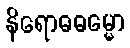
နိရောဓဓမ္မော